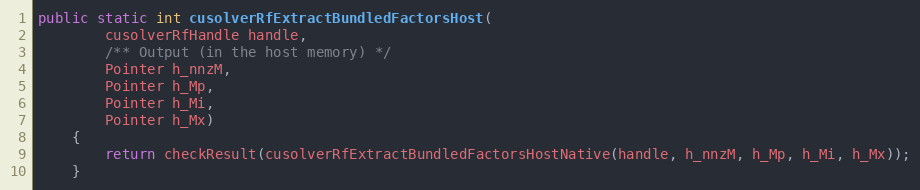
Language: Java
public static int cusolverRfExtractBundledFactorsHost(
        cusolverRfHandle handle,
        /** Output (in the host memory) */
        Pointer h_nnzM,
        Pointer h_Mp,
        Pointer h_Mi,
        Pointer h_Mx)
    {
        return checkResult(cusolverRfExtractBundledFactorsHostNative(handle, h_nnzM, h_Mp, h_Mi, h_Mx));
    }